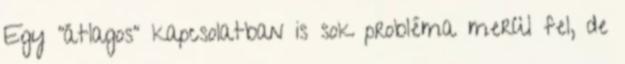
Egy "átlagos" kapcsolatban is sok probléma merül fel, de